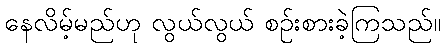
နေလိမ့်မည်ဟု လွယ်လွယ် စဉ်းစားခဲ့ကြသည်။